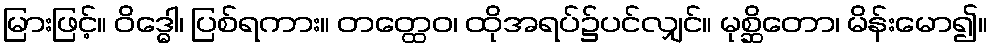
မြားဖြင့်။ ဝိဒ္ဓေါ၊ ပြစ်ရကား။ တတ္ထေဝ၊ ထိုအရပ်၌ပင်လျှင်။ မုစ္ဆိတော၊ မိန်းမော၍။